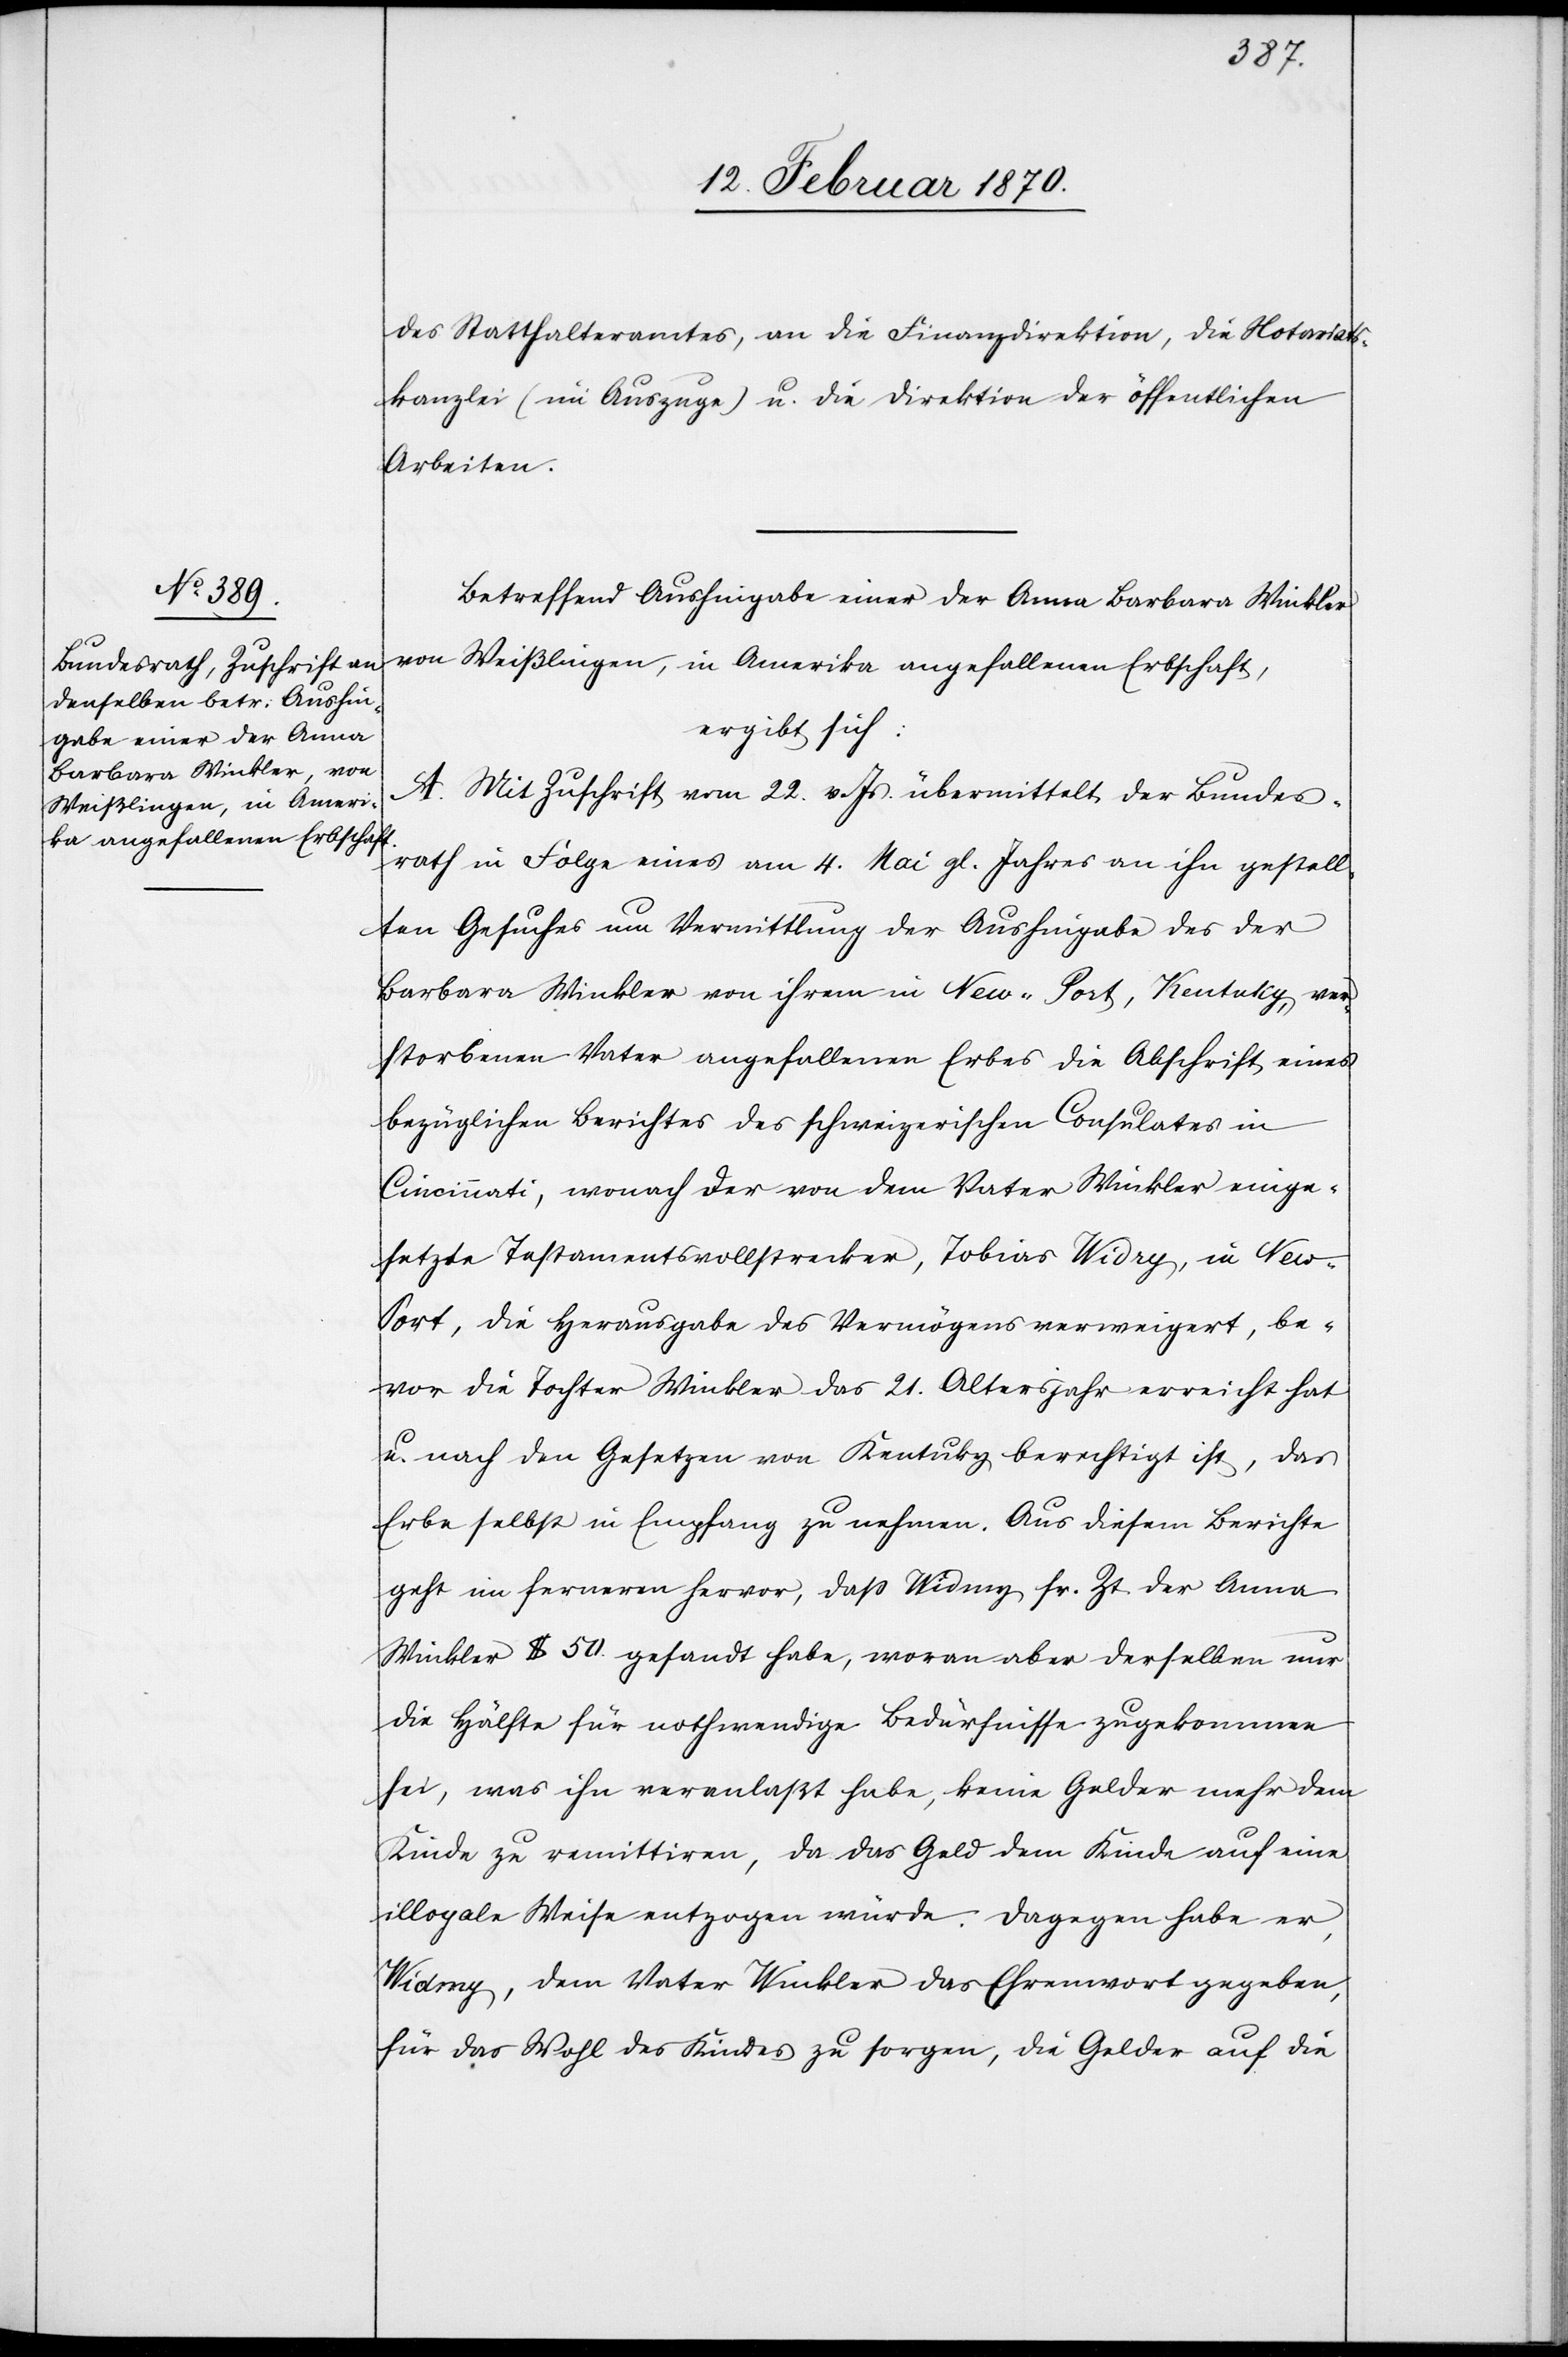
des Statthalteramtes, an die Finanzdirektion, die Notariats¬
kanzlei (im Auszuge) u. die Direktion der öffentlichen
Arbeiten.
Betreffend Aushingabe einer der Anna Barbara Winkler
von Weißlingen, in Amerika angefallenen Erbschaft,
ergibt sich:
A. Mit Zuschrift vom 22. v. Js. übermittelt der Bundes¬
rath in Folge eines am 4. Mai gl. Jahres an ihn gestell¬
ten Gesuches um Vermittlung der Aushingabe des der
Barbara Winkler von ihrem in New-Port, Kentaky
verstorbenen Vater angefallenen Erbes die Abschrift eines
bezüglichen Berichtes des schweizerischen Consulates in
Cincinnati, wonach der von dem Vater Winkler einge¬
setzte Testamentsvollstrecker, Tobias Widry, in New-P¬
ort, die Herausgabe des Vermögens verweigert, be¬
vor die Tochter Winkler das 21. Altersjahr erreicht hat
u. nach den Gesetzen von Kentuky berechtig ist, das
Erbe selbst in Empfang zu nehmen. Aus diesem Berichte
geht im ferneren hervor, daß Widmy [sic!] sr. Zt. der Anna
Winkler $ 50. gesandt habe, woran aber derselben nur
die Hälfte für nothwendige Bedürfnisse zugekommen
sei, was ihn veranlaßt habe, keine Gelder mehr dem
Kinde zu remittiren, da das Geld dem Kinde auf eine
illoyale Weise entzogen würde. Dagegen habe er,
Widmy, dem Vater Winkler das Ehrenwort gegeben,
für das Wohl des Kindes zu sorgen, die Gelder auf die